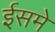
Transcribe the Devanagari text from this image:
ईसमे